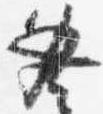
必